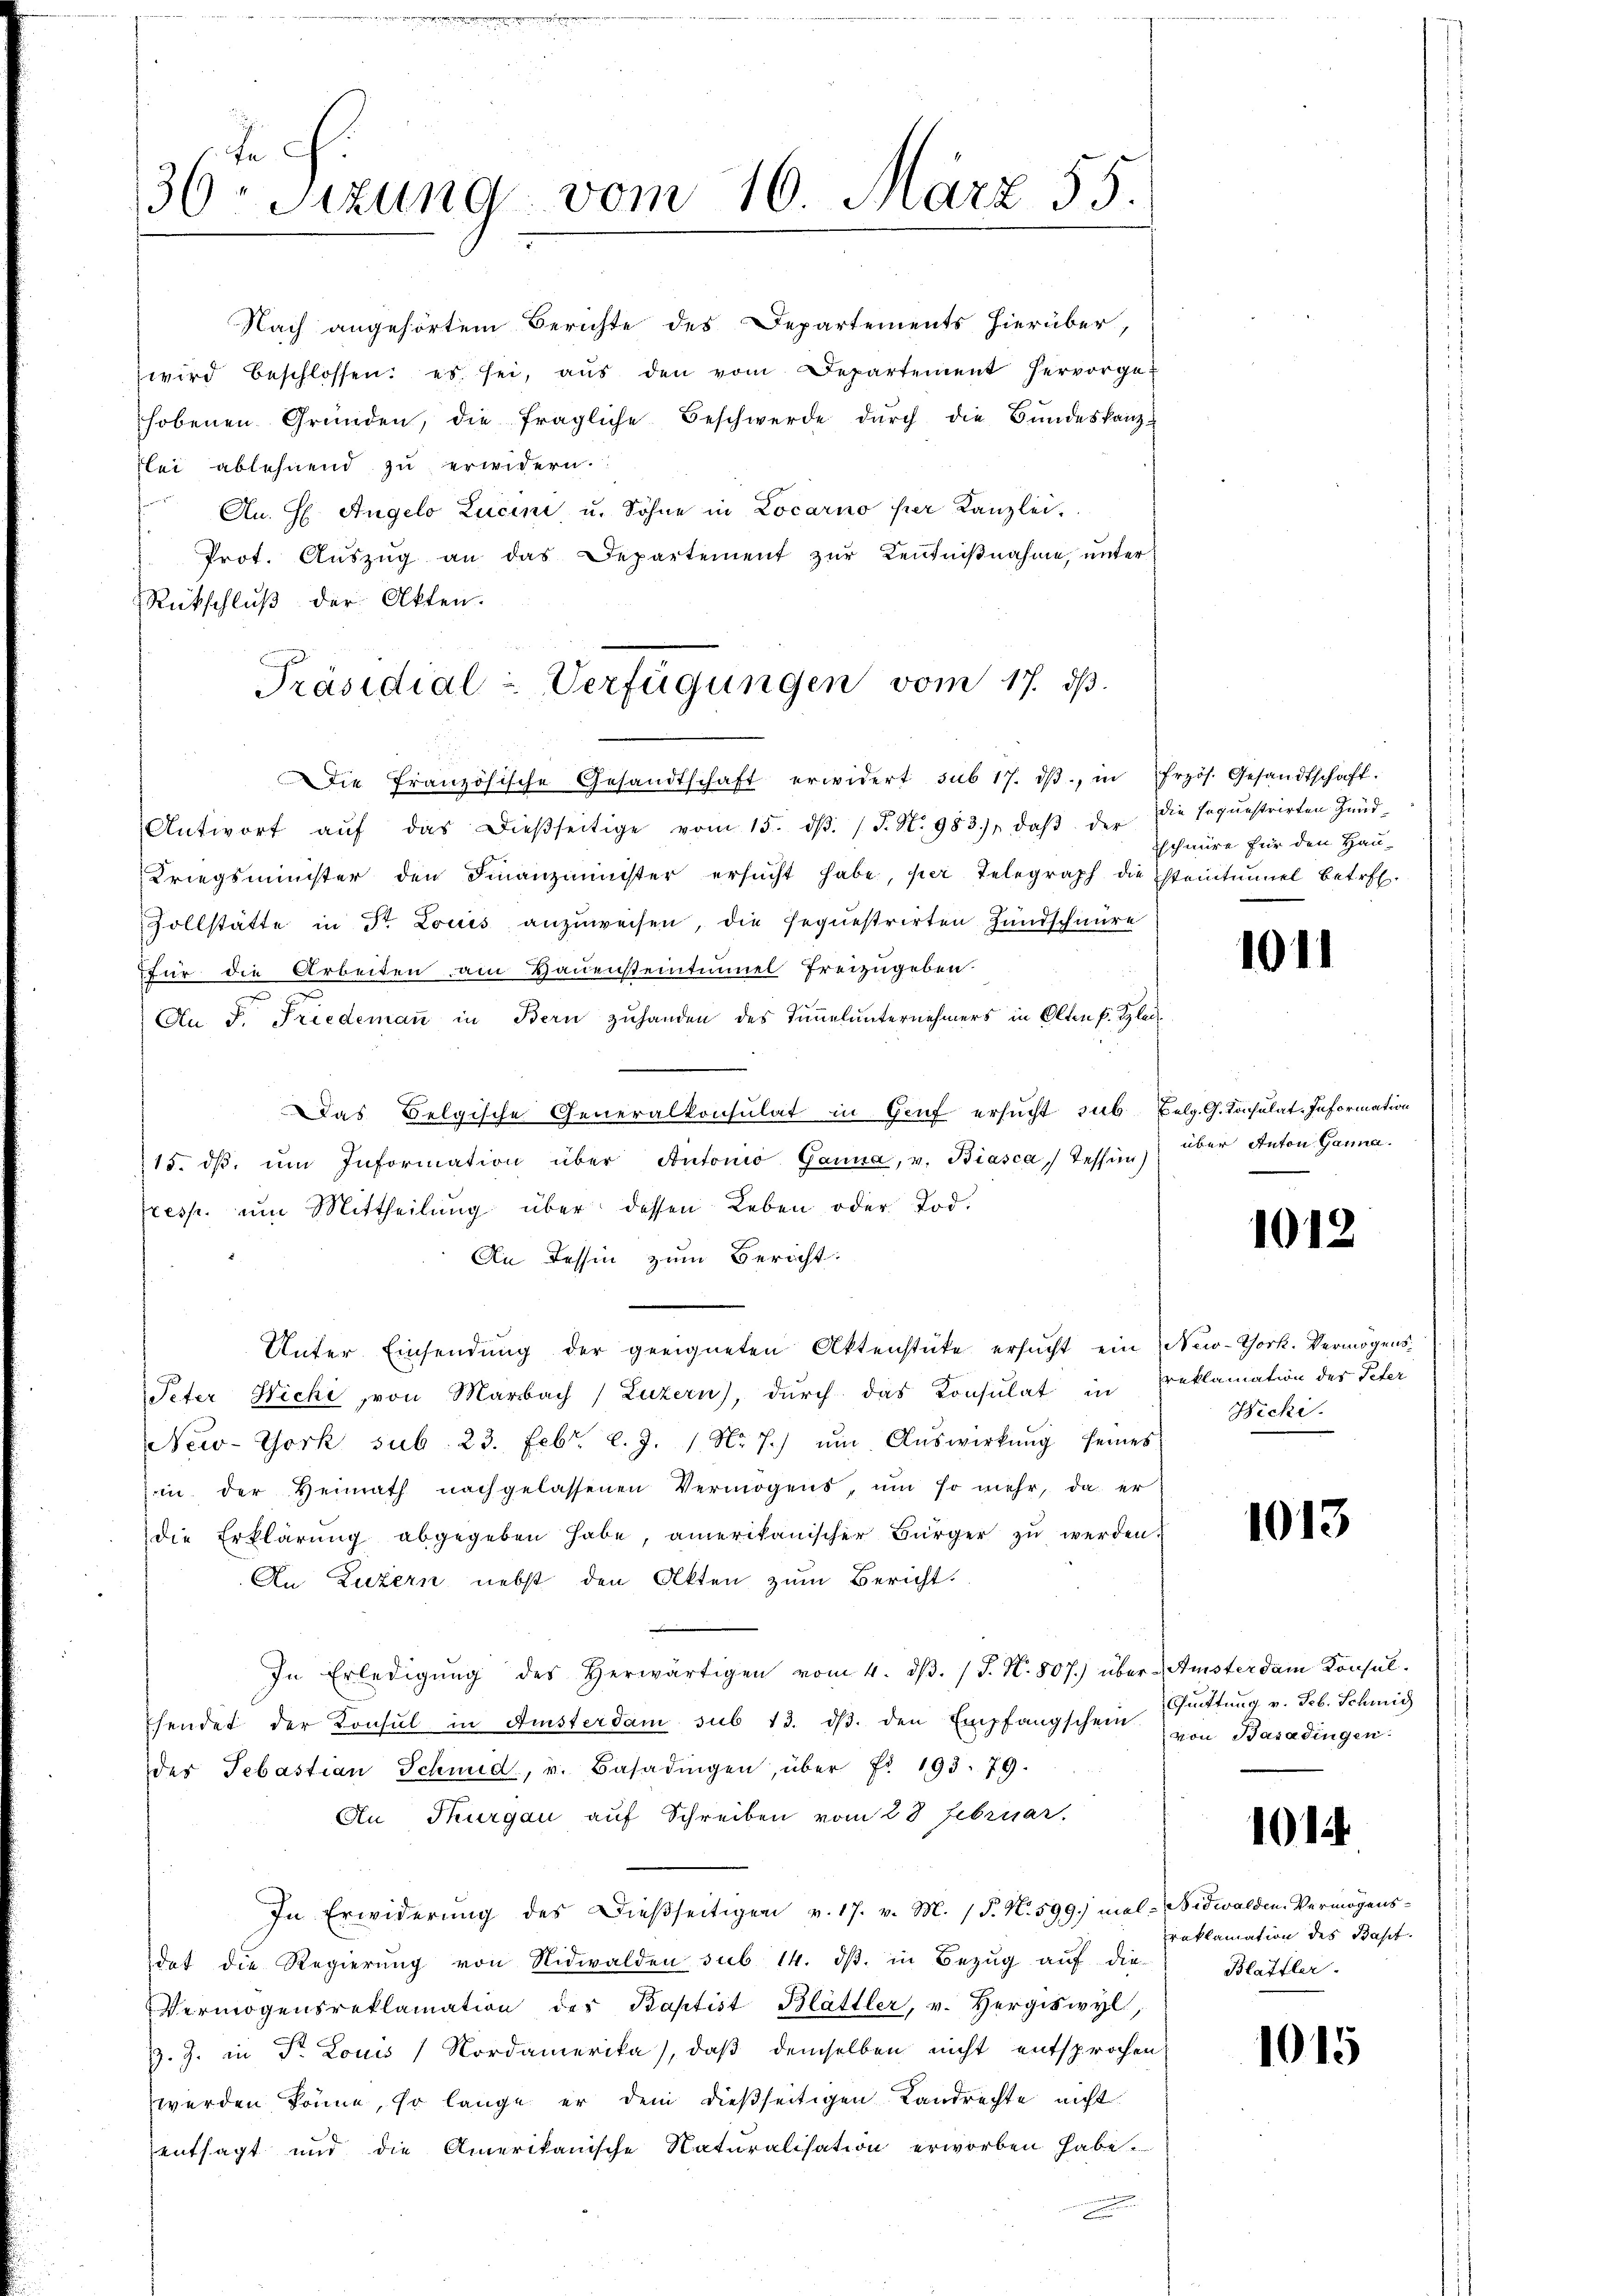
36 Sizung vom 16. März 55.

Nach angehörtem Berichte des Departements hierüber,
wird beschlossen: es sei, aŭs den vom Departement hervorgehobenen Gründen, die fragliche Beschwerde dŭrch die Bŭndeskanz-
lei ablehnend zu erwidern.
An. H. Angelo Lucini u. Söhne in Locarno per Kanzlei.
Prot. Auszug an das Departement zur Kentnißnahme, unter
Rückschluß der Akten.
Die französische Gesandtschaft erwidert sub 17. dβ, in Frzös. Gesandtschaft.
Antwort aŭf das dieβseitige vom 15. dβ. / P. N. 983), daβ der
Kriegsminister den Finanzminister ersŭcht habe, per Telegraph die steintunnel betref-
Zollstätte in Dr. Louis anzuweisen, die sequestrirten Handschnüre
für die Arbeiten, am Hauensteintimel freizugeben
An P. Friedeman in Bern zuhanden des Taumelunternehmers in Olten f. Klei
Das Belgische Generalkonsulat in Genf ersucht sub Belg. G. Konsulat-Information
15. dβ ŭm Information über Antonio Ganna, u. Biasca, Tessin
fresp. um Mittheilung über dessen Leben oder Tod.
An Tessin zum Bericht:
Unter Einsendŭng der geeigneten Aktenstŭte ersŭcht ein New-York. Vermögens¬
Peter Nicke von Marbach Luzern), durch das Konsulat in
New-York sub. 23. Febr. l. J. 1 Nr. 7. ŭm Aŭswirkŭng seines
in der Heimath nachgelassenen Vermögens, um so mehr, da er
die Erklärung abgegeben habe, amerikanischer Bürger zŭ werden.
An Luzern nebst den Akten zum Bericht.
In Erledigŭng des herwärtigen vom 4. dβ. / J. N. 807.) über-Amster dam Konsul-
hendet der Konsul in Amsterdam sub 13. dβ. den Empfangschein
des Sebastian Schmid, u. Basadingen, über f. 193. 79.
Au Thurgau auf Schreiben vom 28 Februar.
In Erwiderung des Dießseitigen v. 17. v. M. P. N. 599.) mal-Bidwalden-Vermögensdet die Regierŭng von Nidwalden sub 14. dβ in Bezug auf die-
Vermögensreklamation der Baptist Blättler, v. Hergiswyl,
. J. in Dr. Louis Nordamerika), daß demselben nicht entsprochen
werden könne, so lange er dem dießseitigen Landrechte nicht
entsagt und die Amerikanische Naturalisation erworben habe.
n

Präsidial-Verfügungen vom 17. ds.

die soquestrirten Hundschnüre für den Hau-

10

über Anton Ganna.

1012

reklamation des Peter
Hecki.

1013

Quittung v. Feb. Schmid
von Basadingen.

1014.

reklamation des Bast.
Blattler.

1015